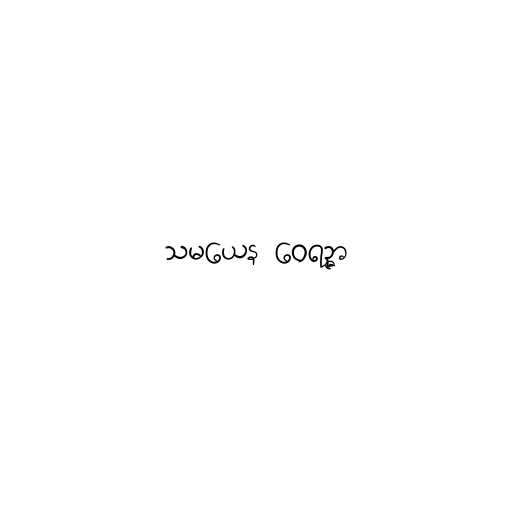
သမယေန ဝေရဉ္ဇာ